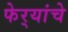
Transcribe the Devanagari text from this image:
फेर्‍यांचे